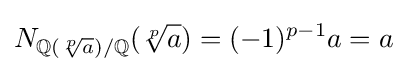
N_{\mathbb {Q} ({\sqrt[{p}]{a}})/\mathbb {Q} }({\sqrt[{p}]{a}})=(-1)^{p-1}a=a